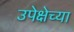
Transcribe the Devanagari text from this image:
उपेक्षेच्या